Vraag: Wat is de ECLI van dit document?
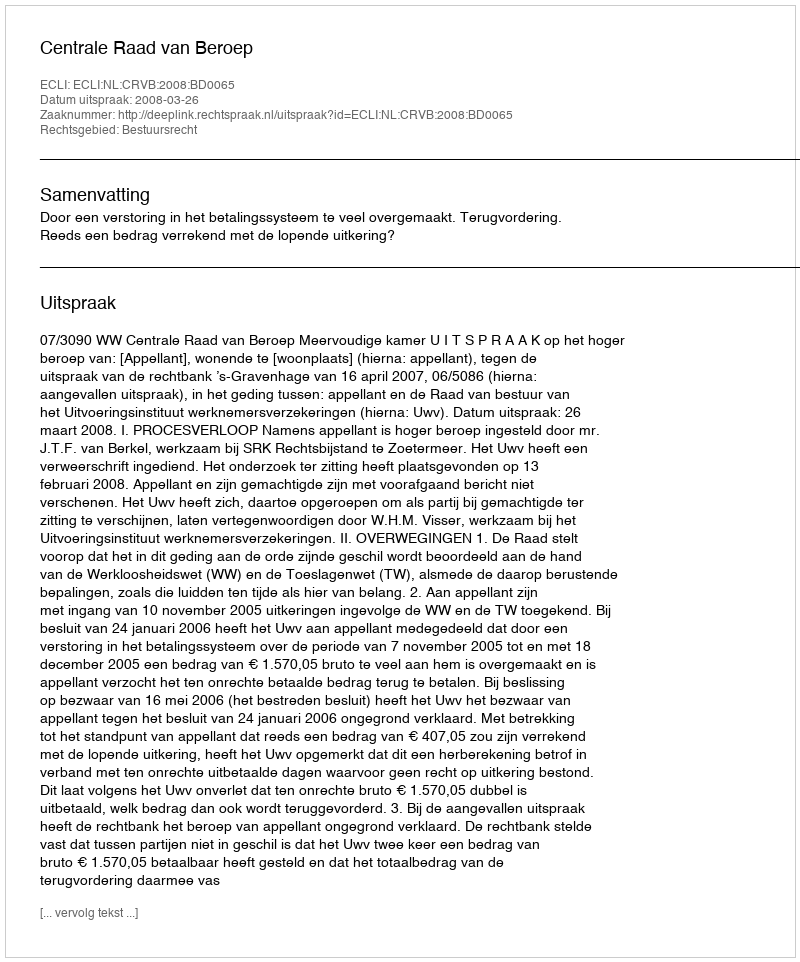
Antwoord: ECLI:NL:CRVB:2008:BD0065